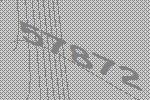
57872